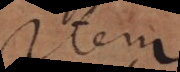
Item